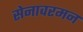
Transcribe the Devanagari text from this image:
सेनावरमन